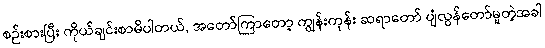
စဉ်းစားပြီး ကိုယ်ချင်းစာမိပါတယ်, အတော်ကြာတော့ ကျွန်းကုန်း ဆရာတော် ပျံလွန်တော်မူတဲ့အခါ